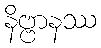
နိဗ္ဗာနဿ